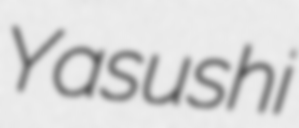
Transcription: Yasushi